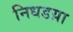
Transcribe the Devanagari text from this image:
निधडय़ा